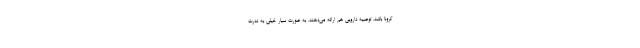
کرونا باشد، توصیه دارویی هم ارائه می‌دهند. به صورت سیار خیلی به ندرت